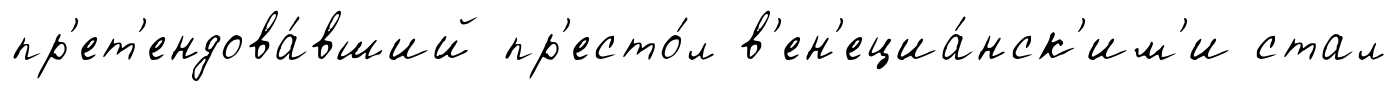
пр'ет'ендова́вший пр'есто́л в'ен'ециа́нск'им'и стал